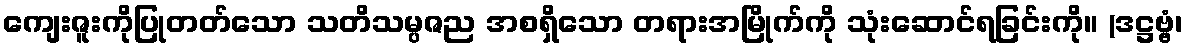
ကျေးဇူးကိုပြုတတ်သော သတိသမ္ပဇည အစရှိသော တရားအမြိုက်ကို သုံးဆောင်ရခြင်းကို။ (ဒဋ္ဌဗ္ဗံ၊